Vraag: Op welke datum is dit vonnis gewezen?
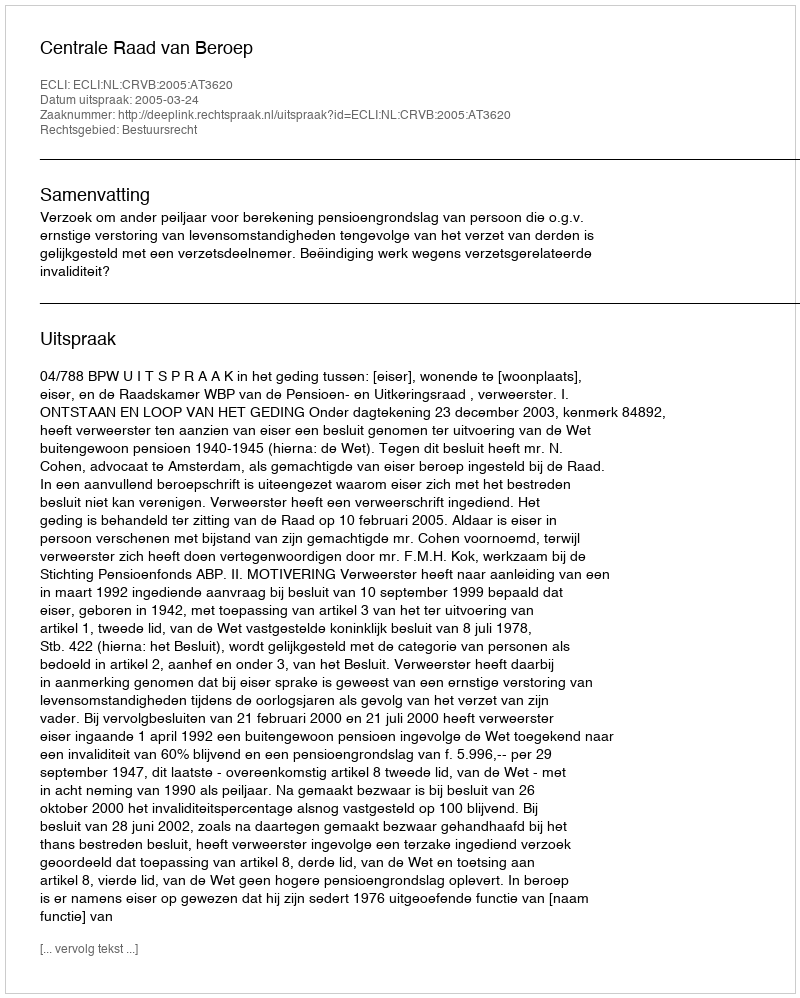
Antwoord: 2005-03-24